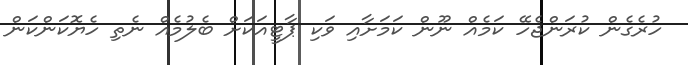
ހުރެގެން ކުރަންޖެހޭ ކަމެއް ނޫން ކަމަށާއި ވަކި ޕާޓީއަކަށް ބެލުމެއް ނެތި ހެޔޮކަންކަން